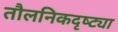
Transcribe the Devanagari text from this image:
तौलनिकदृष्ट्या